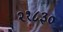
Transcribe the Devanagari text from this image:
२१८३०